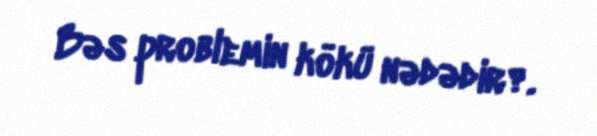
Bəs problemin kökü nədədir?.